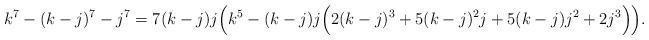
LaTeX: \begin{align*}k^{7}-(k-j)^{7}-j^{7}=7(k-j)j\Big(k^{5}-(k-j)j\Big(2(k-j)^{3}+5(k-j)^{2}j+5(k-j)j^{2}+2j^{3}\Big)\Big).\end{align*}